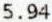
5.94